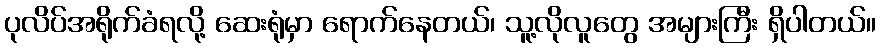
ပုလိပ်အရိုက်ခံရလို့ ဆေးရုံမှာ ရောက်နေတယ်၊ သူ့လိုလူတွေ အများကြီး ရှိပါတယ်။